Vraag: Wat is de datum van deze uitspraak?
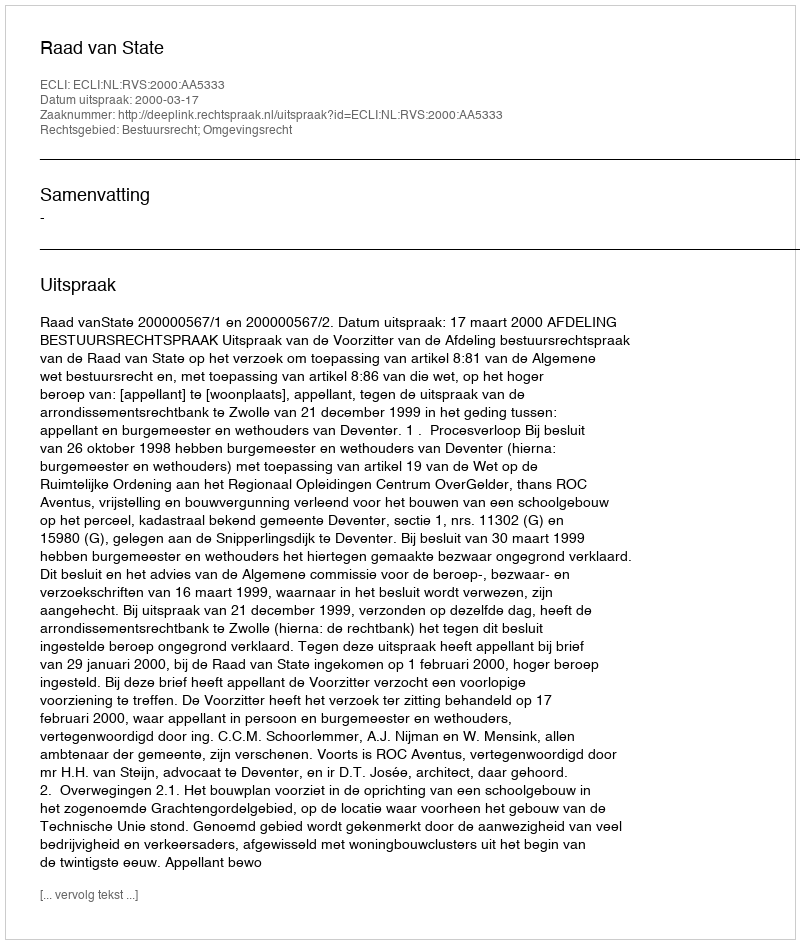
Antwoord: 2000-03-17